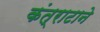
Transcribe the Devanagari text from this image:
कंत्राटाने